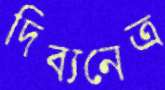
দিব্যনেত্র